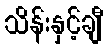
သိန်းနှင့်ချီ